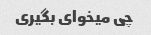
چی میخوای بگیری